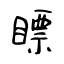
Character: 瞟